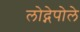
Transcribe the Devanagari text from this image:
लोद्गेपोले